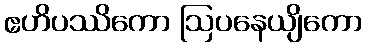
ဧဟိပဿိကော ဩပနေယျိကော